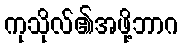
ကုသိုလ်၏အဖို့ဘာဂ